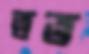
ত্বত্ত